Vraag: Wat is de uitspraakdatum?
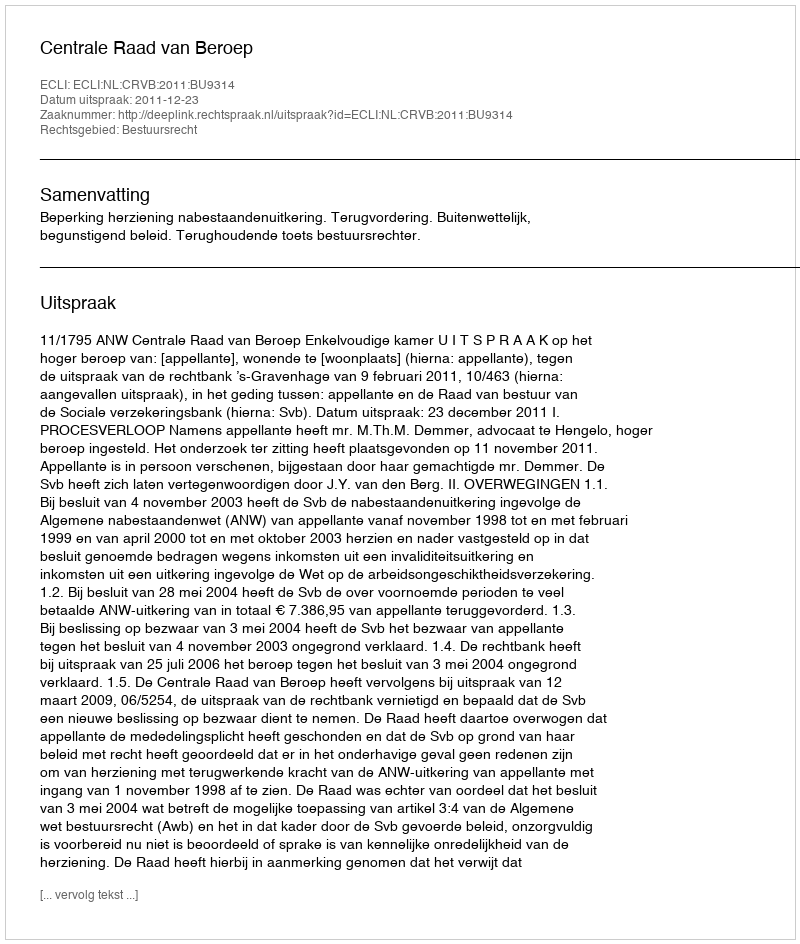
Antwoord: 2011-12-23